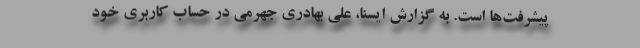
پیشرفت‌ها است. به گزارش ایسنا، علی بهادری جهرمی در حساب کاربری خود